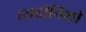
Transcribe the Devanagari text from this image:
रसदीनिशी